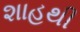
શાહથી